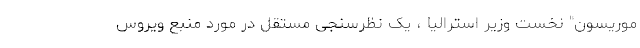
موریسون" نخست وزیر استرالیا ، یک نظرسنجی مستقل در مورد منبع ویروس